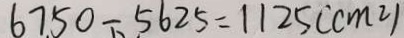
6 7 5 0 - 5 6 2 5 = 1 1 2 5 ( c m ^ { 2 } )